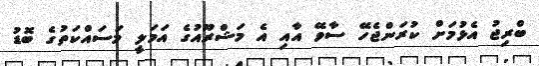
ބްރިޖު އެޅުމަށް ކުރަންޖެހޭ ސާވޭ އާއި އެ މަޝްރޫއުގެ އަމަލީ މަސައްކަތުގެ ބޮޑު